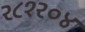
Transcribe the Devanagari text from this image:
२८१२०४